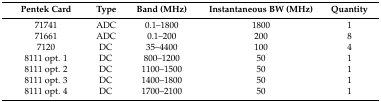
<table><thead><tr><td><b>Pentek Card</b></td><td><b>Type</b></td><td><b>Band (MHz)</b></td><td><b>Instantaneous BW (MHz)</b></td><td><b>Quantity</b></td></tr></thead><tbody><tr><td>71741</td><td>ADC</td><td>0.1–1800</td><td>1800</td><td>1</td></tr><tr><td>71661</td><td>ADC</td><td>0.1–200</td><td>200</td><td>8</td></tr><tr><td>7120</td><td>DC</td><td>35–4400</td><td>100</td><td>4</td></tr><tr><td>8111 opt. 1</td><td>DC</td><td>800–1200</td><td>50</td><td>1</td></tr><tr><td>8111 opt. 2</td><td>DC</td><td>1100–1500</td><td>50</td><td>1</td></tr><tr><td>8111 opt. 3</td><td>DC</td><td>1400–1800</td><td>50</td><td>1</td></tr><tr><td>8111 opt. 4</td><td>DC</td><td>1700–2100</td><td>50</td><td>1</td></tr></tbody></table>